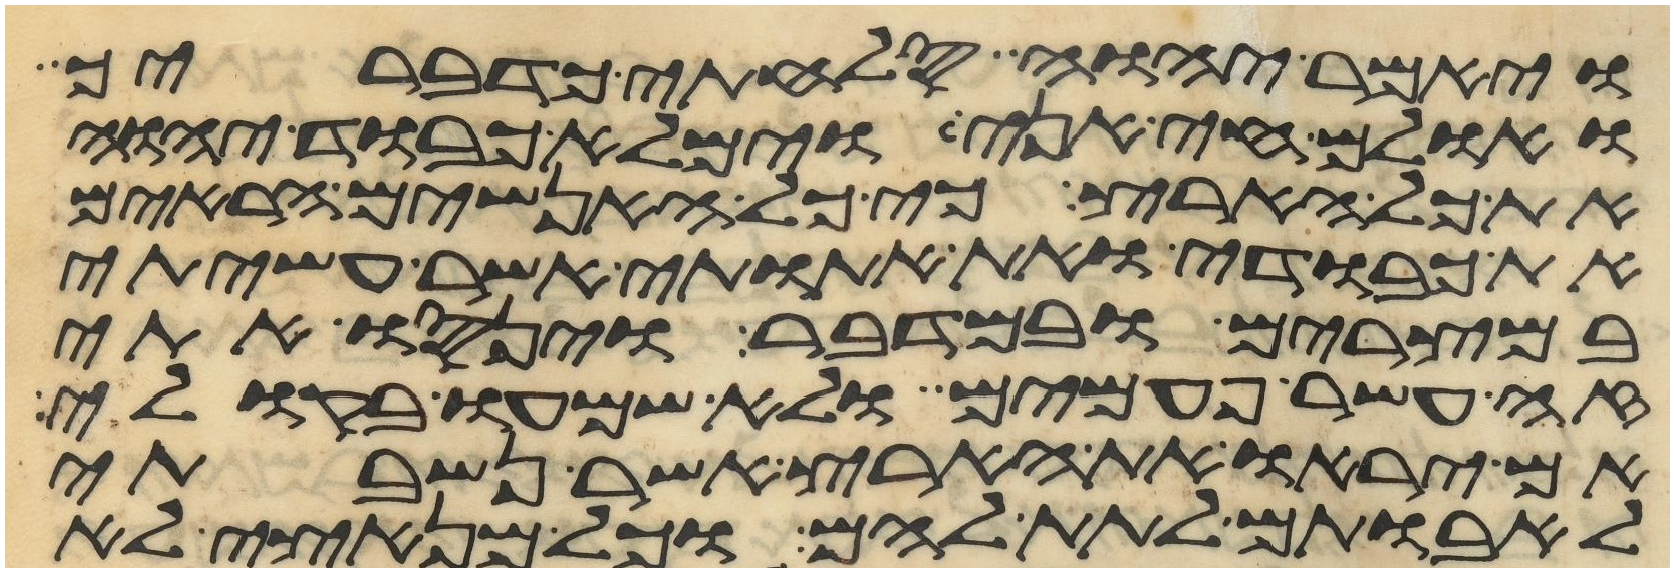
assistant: ויאמר יהוה סלחתי כדבריך
ואולם חי אני וימלא כבוד יהוה
את כל הארץ כי כל האנשים הראים
את כבודי ואת אתותי אשר עשיתי
במצרים ובמדבר וינסו אתי
זה עשר פעמים ולא שמעו בקולי
אם יראו את הארץ אשר נשבעתי
לאבותם לתת להם וכל מנאצי לא